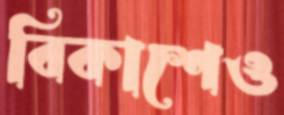
বিকাশেও